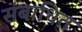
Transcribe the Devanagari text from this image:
संबाधित